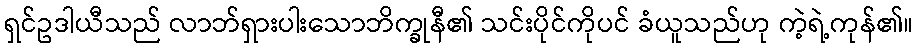
ရှင်ဥဒါယီသည် လာဘ်ရှားပါးသောဘိက္ခုနီ၏ သင်းပိုင်ကိုပင် ခံယူသည်ဟု ကဲ့ရဲ့ကုန်၏။